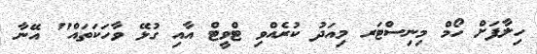
ހިލާފަށް ހޯމް މިނިސްޓަރ މިއަދު ކުރެއްވި ޓްވީޓް އާއި ގުޅޭ ވާހަކަތައް" އޭނާ